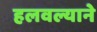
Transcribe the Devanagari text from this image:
हलवल्याने